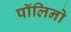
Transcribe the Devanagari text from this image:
पॉलिनो